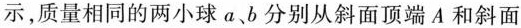
示，质量相同的两小球a、b分别从斜面顶端A和斜面